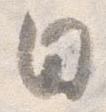
日